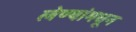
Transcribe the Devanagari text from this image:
लेण्यांमधून